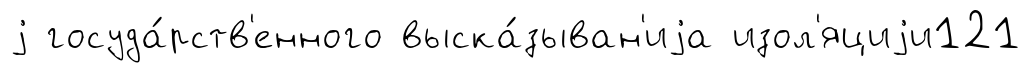
j госуда́рств'енного выска́зыван'иjа изол'яциjи121